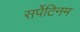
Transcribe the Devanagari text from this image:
सर्पेटिनम